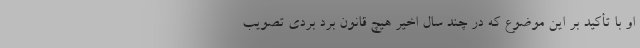
او با تأکید بر این موضوع که در چند سال اخیر هیچ قانون برد بردی تصویب